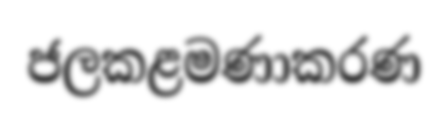
ජලකළමණාකරණ